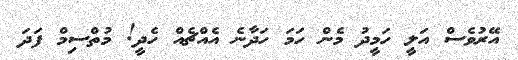
އޭރުވެސް އަލީ ހަމީދު މެން ހަމަ ހަދާނެ އެއްޗެއް ހެދީ! މުތްސިމް ފަދަ